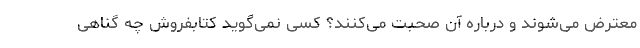
معترض می‌شوند و درباره آن صحبت می‌کنند؟ کسی نمی‌گوید کتابفروش چه گناهی